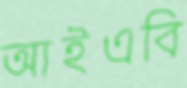
আইএবি